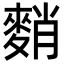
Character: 𪌯